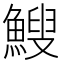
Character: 䱸